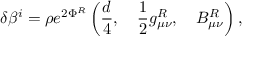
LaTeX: \delta \beta ^ { i } = \rho e ^ { 2 \Phi ^ { R } } \left( \frac { d } { 4 } , \quad \frac { 1 } { 2 } g _ { \mu \nu } ^ { R } , \quad B _ { \mu \nu } ^ { R } \right) , \,